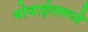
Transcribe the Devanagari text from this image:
मोबाईलमध्ये